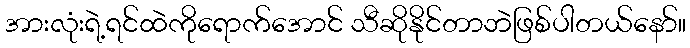
အားလုံးရဲ့ရင်ထဲကိုရောက်အောင် သီဆိုနိုင်တာဘဲဖြစ်ပါတယ်နော်။